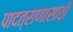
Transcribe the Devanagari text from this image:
पादत्राणासाठी